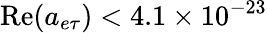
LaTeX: \mathrm{Re}(a_{e\tau})<4.1\times 10^{-23}